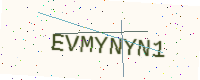
Text: EVMYNYN1